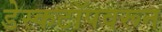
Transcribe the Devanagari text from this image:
डेस्कटॉपवरून